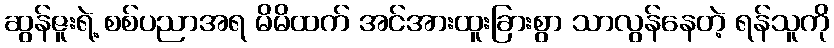
ဆွန်ဇူးရဲ့ စစ်ပညာအရ မိမိထက် အင်အားထူးခြားစွာ သာလွန်နေတဲ့ ရန်သူကို